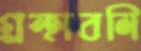
গ্রন্হাবলি